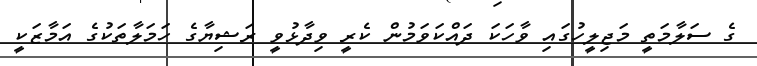
ގެ ސަލާމަތީ މަޖިލީހުގައި ވާހަކަ ދައްކަވަމުން ކެރީ ވިދާޅުވީ ރަޝިޔާގެ ހަމަލާތަކުގެ އަމާޒަކީ